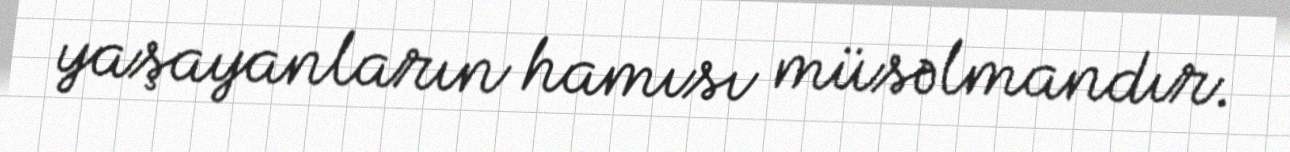
yaşayanların hamısı müsəlmandır.